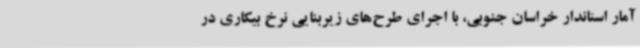
آمار استاندار خراسان جنوبی، با اجرای طرح‌های زیربنایی نرخ بیکاری در